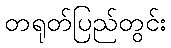
တရုတ်ပြည်တွင်း